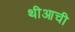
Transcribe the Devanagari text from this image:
थीआची